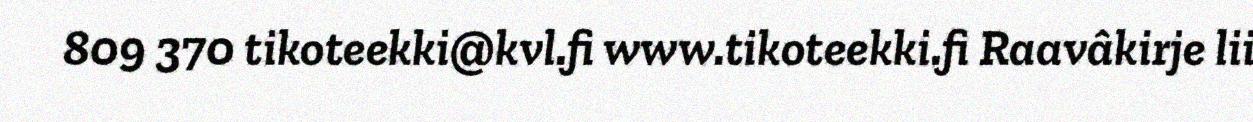
809 370 tikoteekki@kvl.fi www.tikoteekki.fi Raavâkirje lii